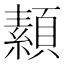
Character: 𩔥